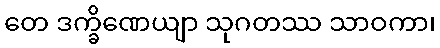
တေ ဒက္ခိဏေယျာ သုဂတဿ သာဝကာ၊